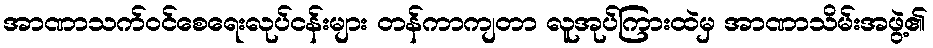
အာဏာသက်ဝင်စေရေးလုပ်ငန်းများ တန်ကာကျတာ လူအုပ်ကြားထဲမှ အာဏာသိမ်းအဖွဲ့၏